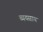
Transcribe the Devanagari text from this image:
व्ययसाय